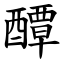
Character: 醰